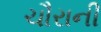
ચૌરાની